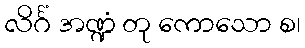
လိင်္ဂံ အဏ္ဍံ တု ကောသော စ၊